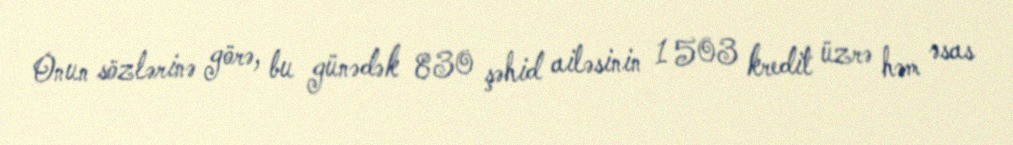
Onun sözlərinə görə, bu günədək 830 şəhid ailəsinin 1 503 kredit üzrə həm əsas